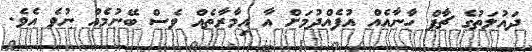
ދައުލަތުގެ ޗާޕް ހާނާއެއް އުފެއްދުމަށް އާ އިމާރާތެއް ވެސް ބޭނުމެއް ނުވެ އެވެ.